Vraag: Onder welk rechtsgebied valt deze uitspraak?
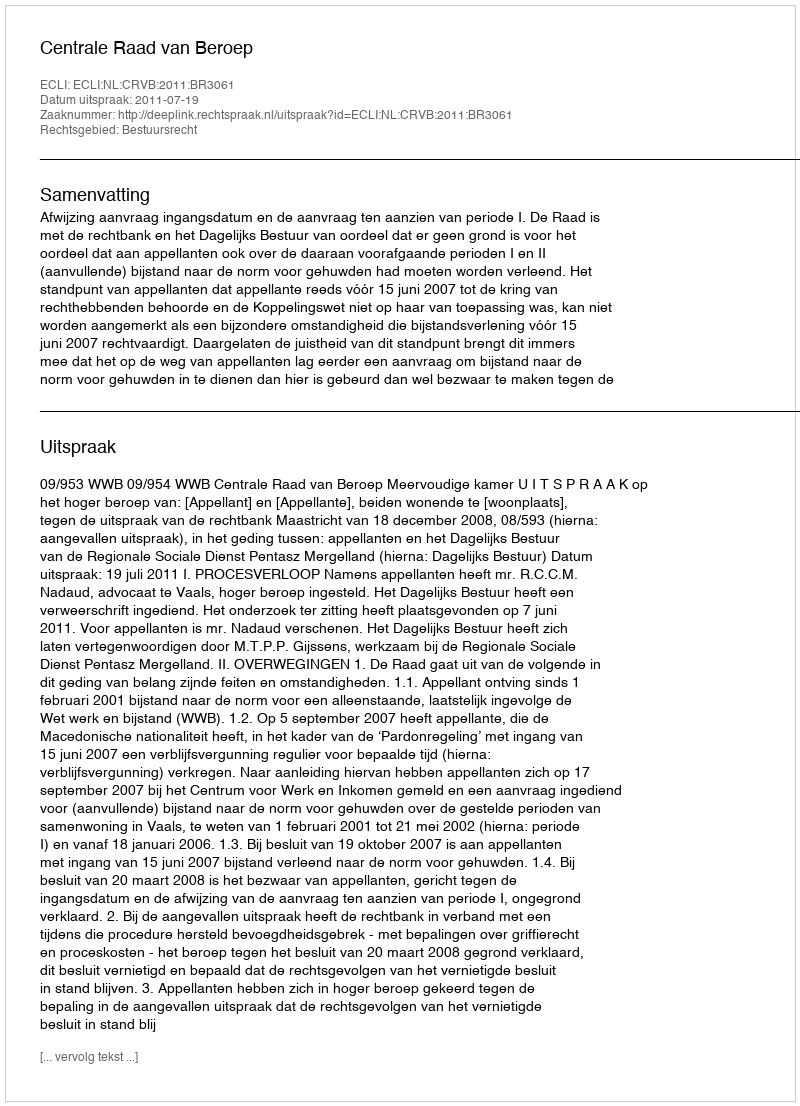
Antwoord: Bestuursrecht